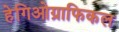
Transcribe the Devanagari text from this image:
हेगिओग्राफिकल